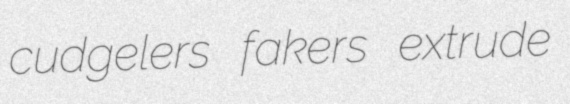
cudgelers fakers extrude